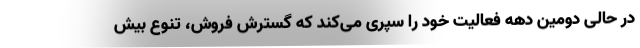
در حالی دومین دهه فعالیت خود را سپری می­کند که گسترش فروش، ‌تنوع بیش